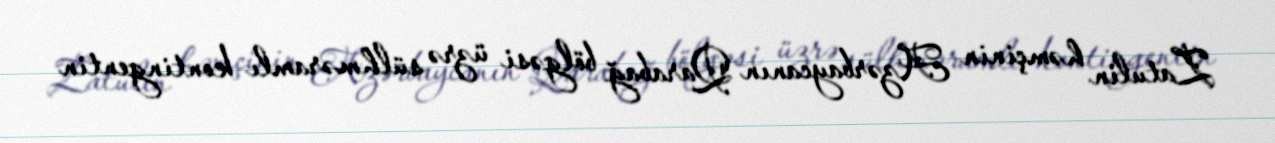
Zatulin həmçinin Azərbaycanın Qarabağ bölgəsi üzrə sülhməramlı kontingentin